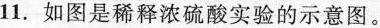
11.如图是稀释浓硫酸实验的示意图。